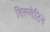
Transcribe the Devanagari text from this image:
सिस्प्लेटिन